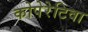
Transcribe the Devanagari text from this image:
कोपेरेटिवा